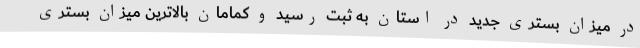
در میزان بستری جدید در استان به ثبت رسید و کمامان بالاترین میزان بستری